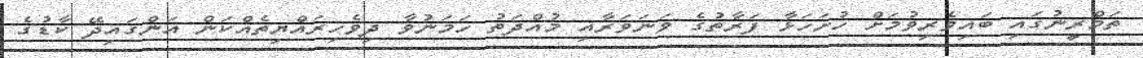
ތަމްރީނުގައި ބައިވެރިވުމަށް ހުށަހަޅާ ފަރާތުގެ ވަނަވަރާއި މުއްދަތު ހަމަނުވާ ދިވެހިރައްޔިތެއްކަން އަންގައިދޭ ކާޑުގެ